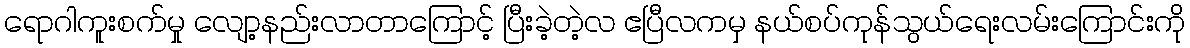
ရောဂါကူးစက်မှု လျော့နည်းလာတာကြောင့် ပြီးခဲ့တဲ့လ ဧပြီလကမှ နယ်စပ်ကုန်သွယ်ရေးလမ်းကြောင်းကို